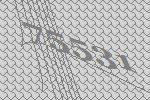
75531